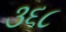
૩૬૮